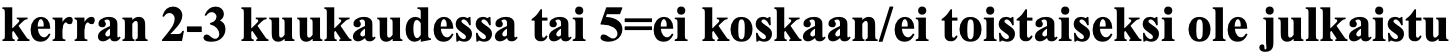
kerran 2-3 kuukaudessa tai 5=ei koskaan/ei toistaiseksi ole julkaistu